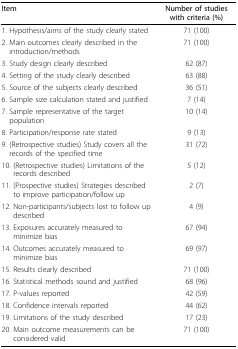
<table><thead><tr><td><b>Item</b></td><td><b>Number of studies with criteria (%)</b></td></tr></thead><tbody><tr><td>1. Hypothesis/aims of the study clearly stated</td><td>71 (100)</td></tr><tr><td>2. Main outcomes clearly described in the introduction/methods</td><td>71 (100)</td></tr><tr><td>3. Study design clearly described</td><td>62 (87)</td></tr><tr><td>4. Setting of the study clearly described</td><td>63 (88)</td></tr><tr><td>5. Source of the subjects clearly described</td><td>36 (51)</td></tr><tr><td>6. Sample size calculation stated and justified</td><td>7 (14)</td></tr><tr><td>7. Sample representative of the target population</td><td>10 (14)</td></tr><tr><td>8. Participation/response rate stated</td><td>9 (13)</td></tr><tr><td>9. (Retrospective studies) Study covers all the records of the specified time</td><td>31 (72)</td></tr><tr><td>10. (Retrospective studies) Limitations of the records described</td><td>5 (12)</td></tr><tr><td>11. (Prospective studies) Strategies described to improve participation/follow up</td><td>2 (7)</td></tr><tr><td>12. Non-participants/subjects lost to follow up described</td><td>4 (9)</td></tr><tr><td>13. Exposures accurately measured to minimize bias</td><td>67 (94)</td></tr><tr><td>14. Outcomes accurately measured to minimize bias</td><td>69 (97)</td></tr><tr><td>15. Results clearly described</td><td>71 (100)</td></tr><tr><td>16. Statistical methods sound and justified</td><td>68 (96)</td></tr><tr><td>17. P-values reported</td><td>42 (59)</td></tr><tr><td>18. Confidence intervals reported</td><td>44 (62)</td></tr><tr><td>19. Limitations of the study described</td><td>17 (23)</td></tr><tr><td>20. Main outcome measurements can be considered valid</td><td>71 (100)</td></tr></tbody></table>